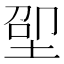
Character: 𱖵